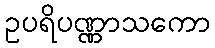
ဥပရိပဏ္ဏာသကော